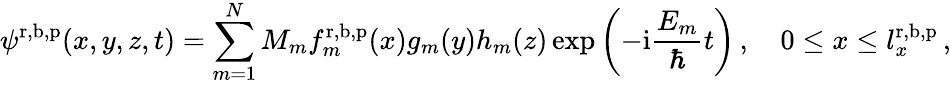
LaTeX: \psi^{\mathrm{r},\mathrm{b},\mathrm{p}}(x,y,z,t)=\sum_{m=1}^{N}M_{m}f_{m}^{\mathrm{r},\mathrm{b},\mathrm{p}}(x)g_{m}(y)h_{m}(z)\exp\left(-\mathrm{i}\frac{E_{m}}{\hbar}t\right)\, ,\quad 0\le x\le l_{x}^{\mathrm{r},\mathrm{b},\mathrm{p}}\, ,